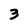
Character: 3